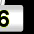
Digit: 6